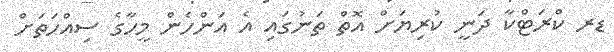
ޑރ ކްރަޓްކާ ދަނީ ކުރިޔަށް އޮތް ތަނުގައި އެ އަންހެން މީހާގެ ސިއްހަތަށް